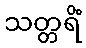
သတ္တရိံ